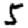
Digit: 5